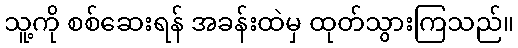
သူ့ကို စစ်ဆေးရန် အခန်းထဲမှ ထုတ်သွားကြသည်။